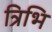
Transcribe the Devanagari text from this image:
त्रिभि